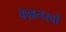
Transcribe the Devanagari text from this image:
कल्लनखाँ